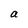
Character: a